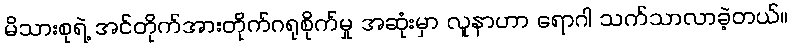
မိသားစုရဲ့ အင်တိုက်အားတိုက်ဂရုစိုက်မှု အဆုံးမှာ လူနာဟာ ရောဂါ သက်သာလာခဲ့တယ်။